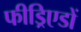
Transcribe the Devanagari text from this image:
फीड्रिएडों